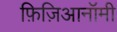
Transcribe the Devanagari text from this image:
फ़िज़िआनॉमी